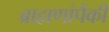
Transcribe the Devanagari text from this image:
ब्राह्मणांपैंकी